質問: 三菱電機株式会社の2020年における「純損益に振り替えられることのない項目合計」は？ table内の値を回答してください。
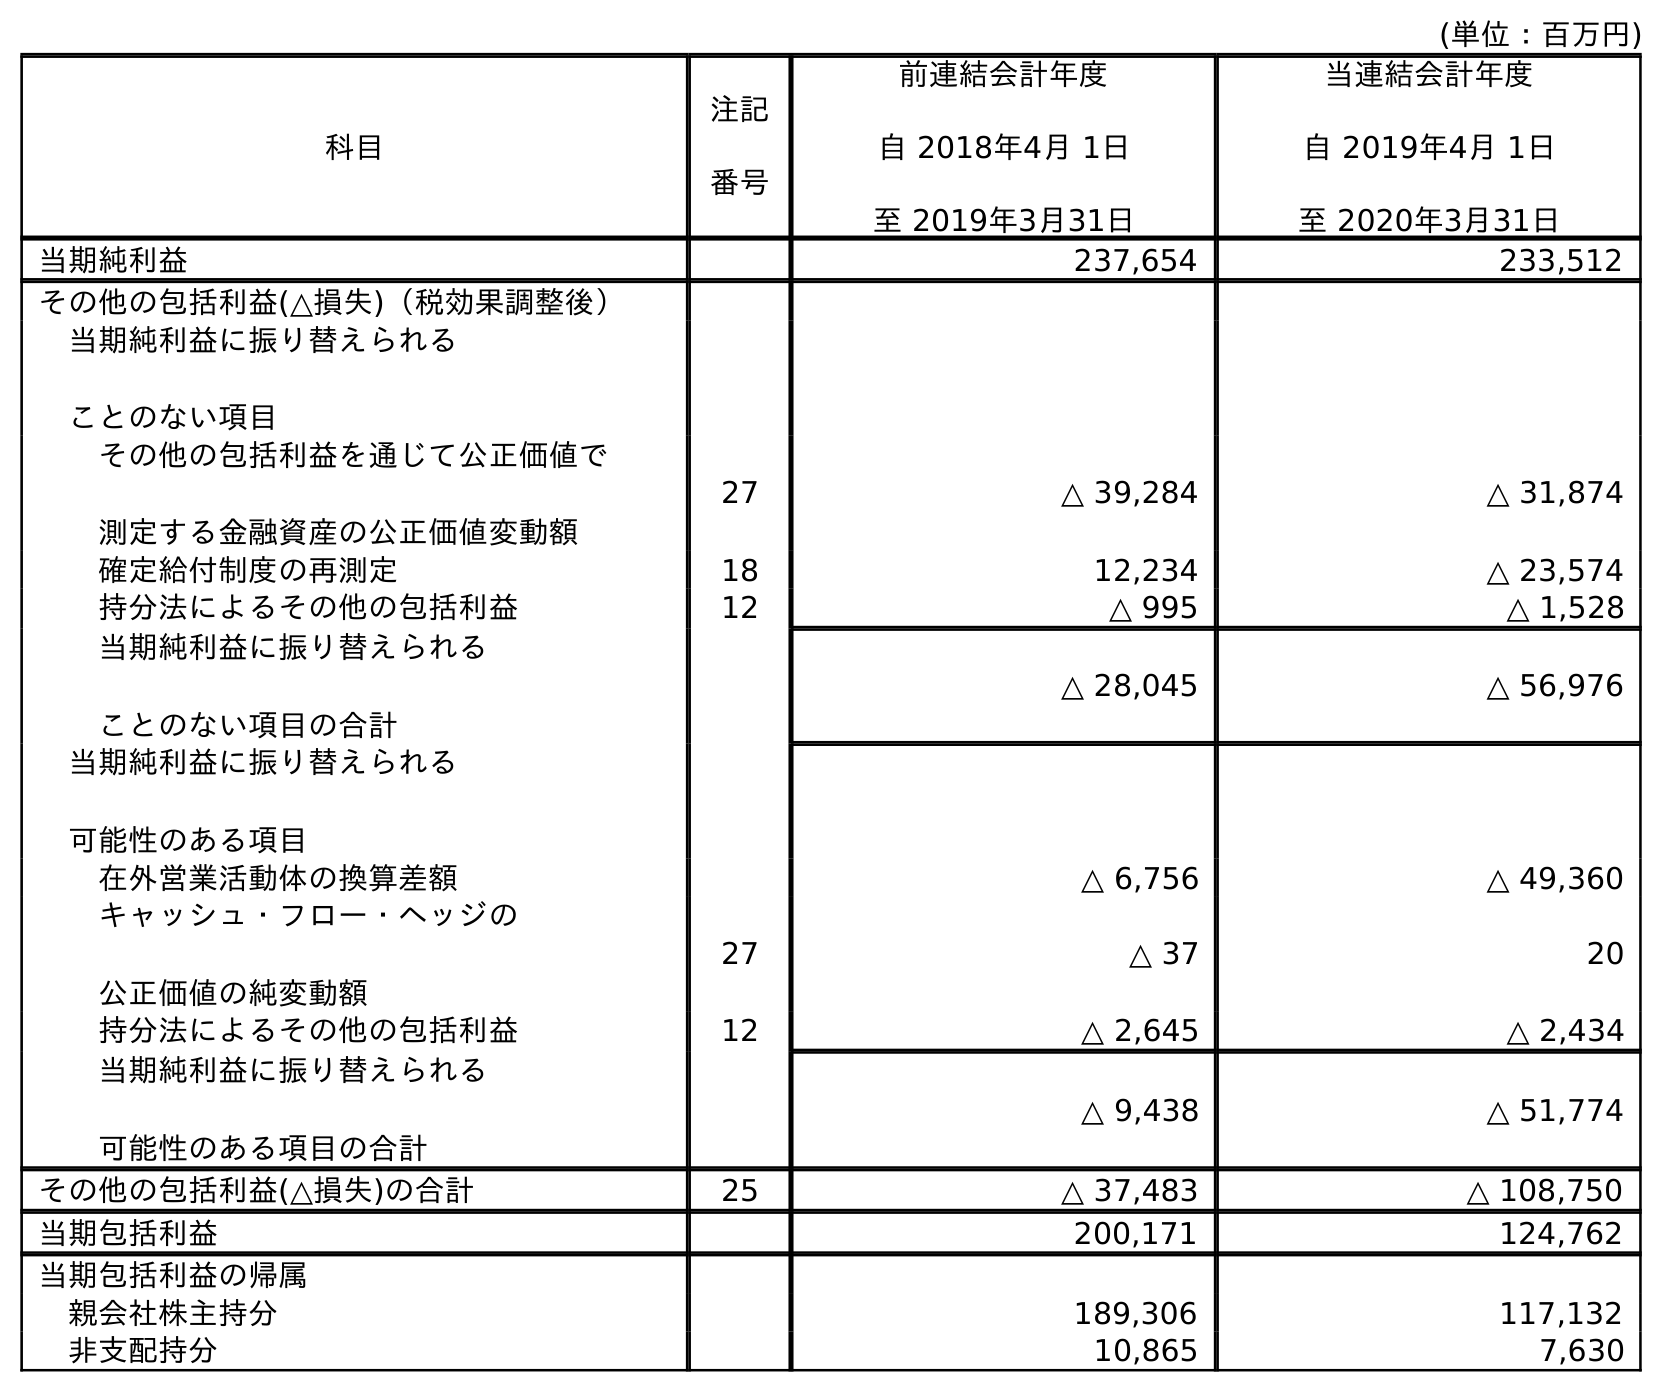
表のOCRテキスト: (単位：百万円) 科目 注記 番号 前連結会計年度 自 2018年4月 1日 至 2019年3月31日 当連結会計年度 自 2019年4月 1日 至 2020年3月31日 当期純利益 237,654 233,512 その他の包括利益(△損失)（税効果調整後） 当期純利益に振り替えられる ことのない項目 その他の包括利益を通じて公正価値で 測定する金融資産の公正価値変動額 27 △ 39,284 △ 31,874 確定給付制度の再測定 18 12,234 △ 23,574 持分法によるその他の包括利益 12 △ 995 △ 1,528 当期純利益に振り替えられる ことのない項目の合計 △ 28,045 △ 56,976 当期純利益に振り替えられる 可能性のある項目 在外営業活動体の換算差額 △ 6,756 △ 49,360 キャッシュ・フロー・ヘッジの 公正価値の純変動額 27 △ 37 20 持分法によるその他の包括利益 12 △ 2,645 △ 2,434 当期純利益に振り替えられる 可能性のある項目の合計 △ 9,438 △ 51,774 その他の包括利益(△損失)の合計 25 △ 37,483 △ 108,750 当期包括利益 200,171 124,762 当期包括利益の帰属 親会社株主持分 189,306 117,132 非支配持分 10,865 7,630
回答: △56,976